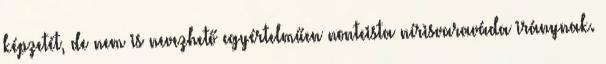
képzetét, de nem is nevezhető egyértelműen nonteista nírisvaraváda iránynak.